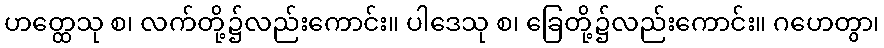
ဟတ္ထေသု စ၊ လက်တို့၌လည်းကောင်း။ ပါဒေသု စ၊ ခြေတို့၌လည်းကောင်း။ ဂဟေတွာ၊